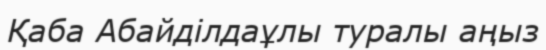
Қаба Абайділдаұлы туралы аңыз